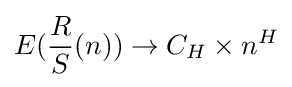
E({\frac {R}{S}}(n))\to C_{H}\times n^{H}